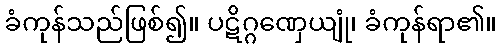
ခံကုန်သည်ဖြစ်၍။ ပဋိဂ္ဂဏှေယျုံ၊ ခံကုန်ရာ၏။